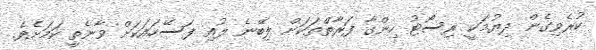
ކުރެވިގެން ދިޔުމަކީ ރިސޯޓު ހިންގާ ފަރާތްތަކަށް ލިބޭނެ ލުއި ފަސޭހައަކަށް ވާނެތީ ކަމަށެވެ.